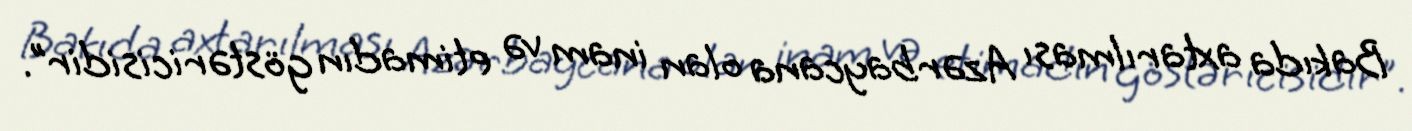
Bakıda axtarılması Azərbaycana olan inam və etimadın göstəricisidir”.